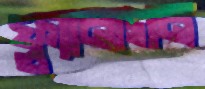
ফ্ল্যানাগন